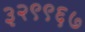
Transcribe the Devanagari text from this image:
३२९९६७